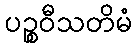
ပဉ္စဝီသတိမံ